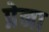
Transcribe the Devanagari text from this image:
प्रेना